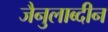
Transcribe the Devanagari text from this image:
जैनुलाब्दीन